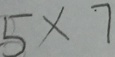
5 \times 7